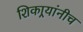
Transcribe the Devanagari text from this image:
शिकार्‍यांनीच